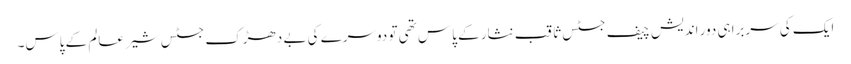
ایک کی سربراہی دور اندیش چیف جسٹس ثاقب نثار کے پاس تھی تو دوسرے کی بے دھڑک جسٹس شیر عالم کے پاس۔